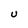
Character: U